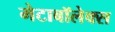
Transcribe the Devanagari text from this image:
मेटाबॉलेक्स